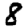
Digit: 8